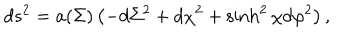
d s ^ { 2 } = a ( \Sigma ) \left( - d \Sigma ^ { 2 } + d \chi ^ { 2 } + \sinh ^ { 2 } \chi d \varphi ^ { 2 } \right) ,